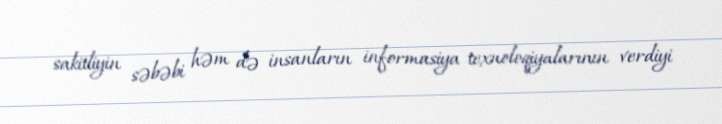
sakitliyin səbəbi həm də insanların informasiya texnoloqiyalarının verdiyi